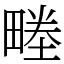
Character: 畻